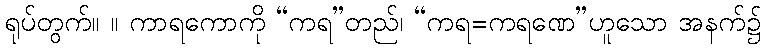
ရုပ်တွက်။ ။ ကာရကောကို “ကရ”တည်၊ “ကရ=ကရဏေ”ဟူသော အနက်၌